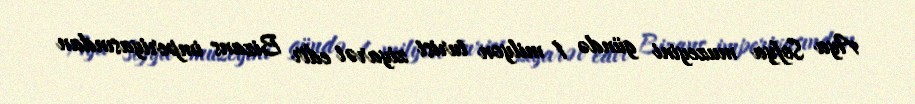
Aya Sofya muzeyini gündə 1 milyon turist ziyarət edir Bizans imperiyasından